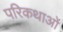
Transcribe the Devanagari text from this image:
परिकथाओं